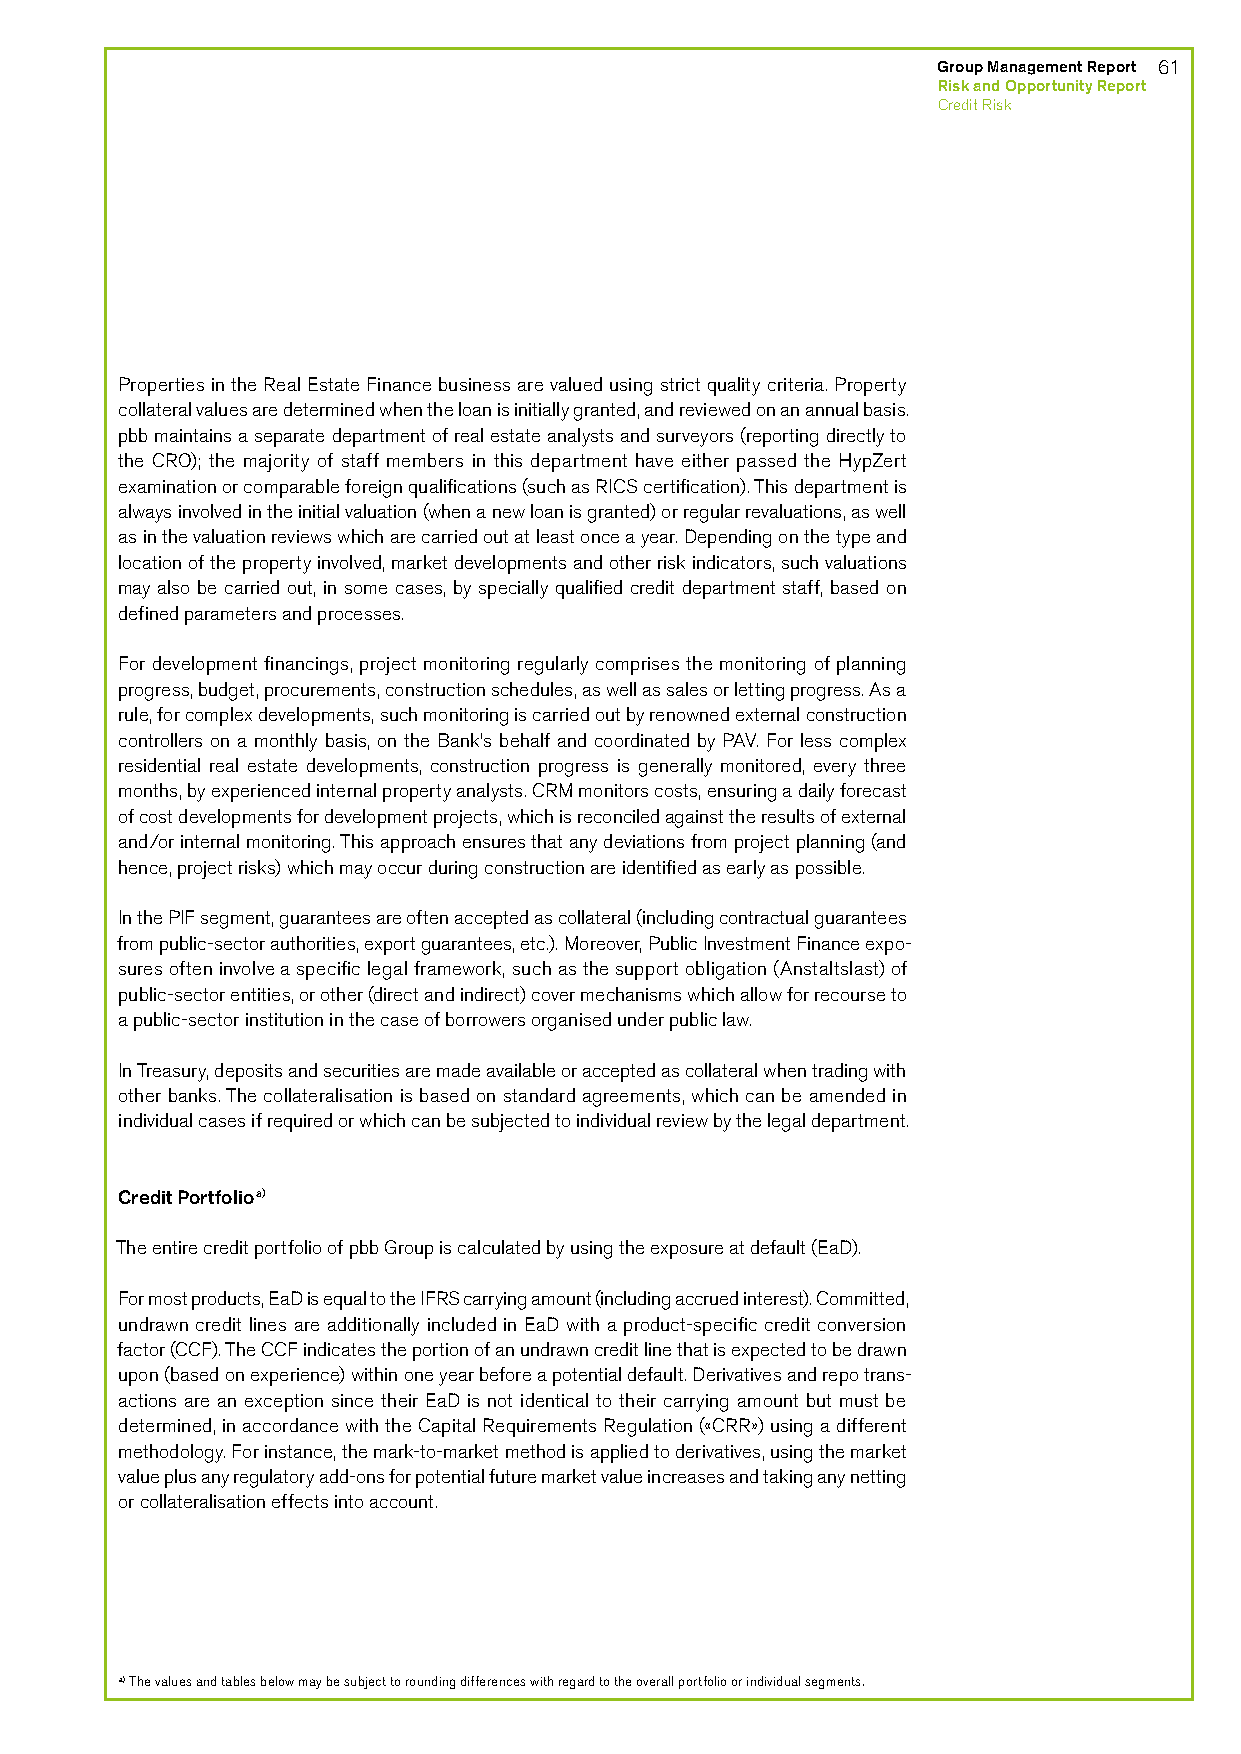
Group Management Report 61
 Risk and Opportunity Report
 Credit Risk
 Properties in the Real Estate Finance business are valued using strict quality criteria. Property
 collateral values are determined when the loan is initially granted, and reviewed on an annual basis.
 pbb maintains a separate department of real estate analysts and surveyors (reporting directly to
 the CRO); the majority of staff members in this department have either passed the HypZert
 examination or comparable foreign qualifications (such as RICS certification). This department is
 always involved in the initial valuation (when a new loan is granted) or regular revaluations, as well
 as in the valuation reviews which are carried out at least once a year. Depending on the type and
 location of the property involved, market developments and other risk indicators, such valuations
 may also be carried out, in some cases, by specially qualified credit department staff, based on
 defined parameters and processes.
 For development financings, project monitoring regularly comprises the monitoring of planning
 progress, budget, procurements, construction schedules, as well as sales or letting progress. As a
 rule, for complex developments, such monitoring is carried out by renowned external construction
 controllers on a monthly basis, on the Bank’s behalf and coordinated by PAV. For less complex
 residential real estate developments, construction progress is generally monitored, every three
 months, by experienced internal property analysts. CRM monitors costs, ensuring a daily forecast
 of cost developments for development projects, which is reconciled against the results of external
 and/or internal monitoring. This approach ensures that any deviations from project planning (and
 hence, project risks) which may occur during construction are identified as early as possible.
 In the PIF segment, guarantees are often accepted as collateral (including contractual guarantees
 from public-sector authorities, export guarantees, etc.). Moreover, Public Investment Finance expo-
 sures often involve a specific legal framework, such as the support obligation (Anstaltslast) of
 public-sector entities, or other (direct and indirect) cover mechanisms which allow for recourse to
 a public-sector institution in the case of borrowers organised under public law.
 In Treasury, deposits and securities are made available or accepted as collateral when trading with
 other banks. The collateralisation is based on standard agreements, which can be amended in
 individual cases if required or which can be subjected to individual review by the legal department.
 Credit Portfolioa)
 The entire credit portfolio of pbb Group is calculated by using the exposure at default (EaD).
 For most products, EaD is equal to the IFRS carrying amount (including accrued interest). Committed,
 undrawn credit lines are additionally included in EaD with a product-specific credit conversion
 factor (CCF). The CCF indicates the portion of an undrawn credit line that is expected to be drawn
 upon (based on experience) within one year before a potential default. Derivatives and repo trans-
 actions are an exception since their EaD is not identical to their carrying amount but must be
 determined, in accordance with the Capital Requirements Regulation («CRR») using a different
 methodology. For instance, the mark-to-market method is applied to derivatives, using the market
 value plus any regulatory add-ons for potential future market value increases and taking any netting
 or collateralisation effects into account.
 a) The values and tables below may be subject to rounding differences with regard to the overall portfolio or individual segments.